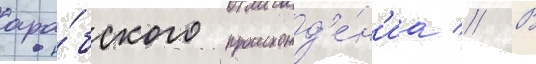
ара́бского происхожд'е́н'иа // В